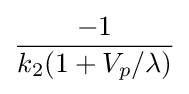
{\frac {-1}{k_{2}(1+V_{p}/\lambda )}}